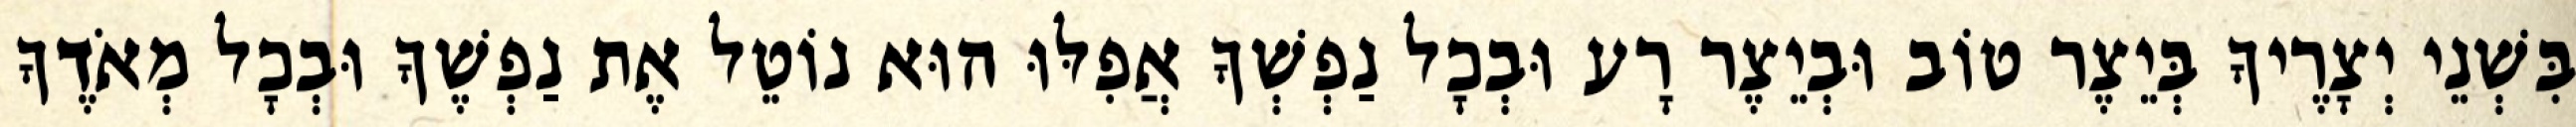
בִּשְׁנֵי יְצָרֶיךָ בְּיֵצֶר טוֹב וּבְיֵצֶר רָע וּבְכָל נַפְשְׁךָ אֲפִלּוּ הוּא נוֹטֵל אֶת נַפְשֶׁךָ וּבְכָל מְאֹדֶךָ